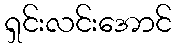
ရှင်းလင်းအောင်